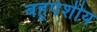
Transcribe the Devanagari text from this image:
बहूपेशीय